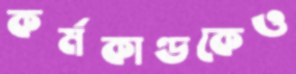
কর্মকাণ্ডকেও